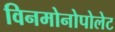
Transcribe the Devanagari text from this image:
विनमोनोपोलेट